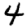
Digit: 4